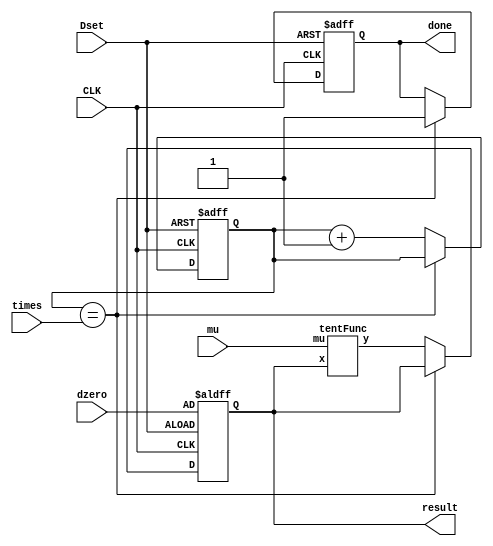
module tentCycle(CLK, Dset, done, dzero, times, mu, result);
//Dset to set initial data
//dzero is initial data
//done to show completed mapping for "times"
//times to map times
//repeating and stop sanitary
   input CLK;
   input Dset; 
   input [15:0] dzero;
   input [15:0] times;
   input [15:0] mu;
   wire [15:0] funcIn, funcOut;
   output [15:0] result;
   output done;
   reg [7:0] ind; //ind as how many times mapped
   reg done;
   reg [15:0] result;
   always @(posedge CLK or posedge Dset) begin
      if(Dset) begin
         ind <= 0;
         done <= 'b0;
         result <= dzero;
      end else begin
         if(ind == times) begin
            done <= 1;
         end else begin
            result <= funcOut;
            ind <= ind + 1;
         end
      end
   end
   tentFunc tentFunc(.x(result), .mu(mu), .y(funcOut));
endmodule

module tentFunc(x,mu,y);
   input [15:0] x;
   input [15:0] mu;
   output [15:0] y;
   wire [15:0] dat1, dat2;
   wire [31:0] result;
   assign dat1 = mu;
   assign dat2 = x;
   //ip_mult ip_mult(.dataa(dat1), .datab(dat2), .result(result));
   assign result = (dat2 < (1 << 15)) ? (dat1 * dat2) : (dat1 * ('hffff - dat2));
   assign y = result[15:0];
endmodule